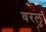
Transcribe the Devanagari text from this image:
वरलु